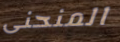
المنحنى